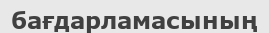
бағдарламасының